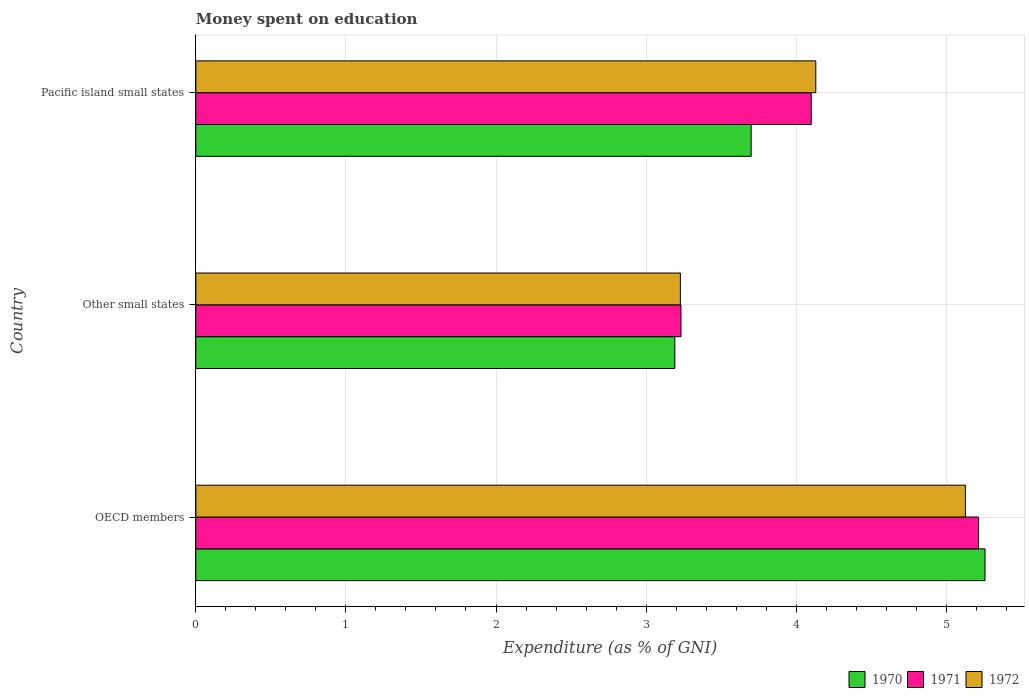
| Country | 1970 | 1971 | 1972 |
 | --- | --- | --- | --- |
 | OECD members | 5.26 | 5.21 | 5.13 |
 | Other small states | 3.19 | 3.23 | 3.23 |
 | Pacific island small states | 3.7 | 4.1 | 4.13 |